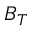
B _ { T }